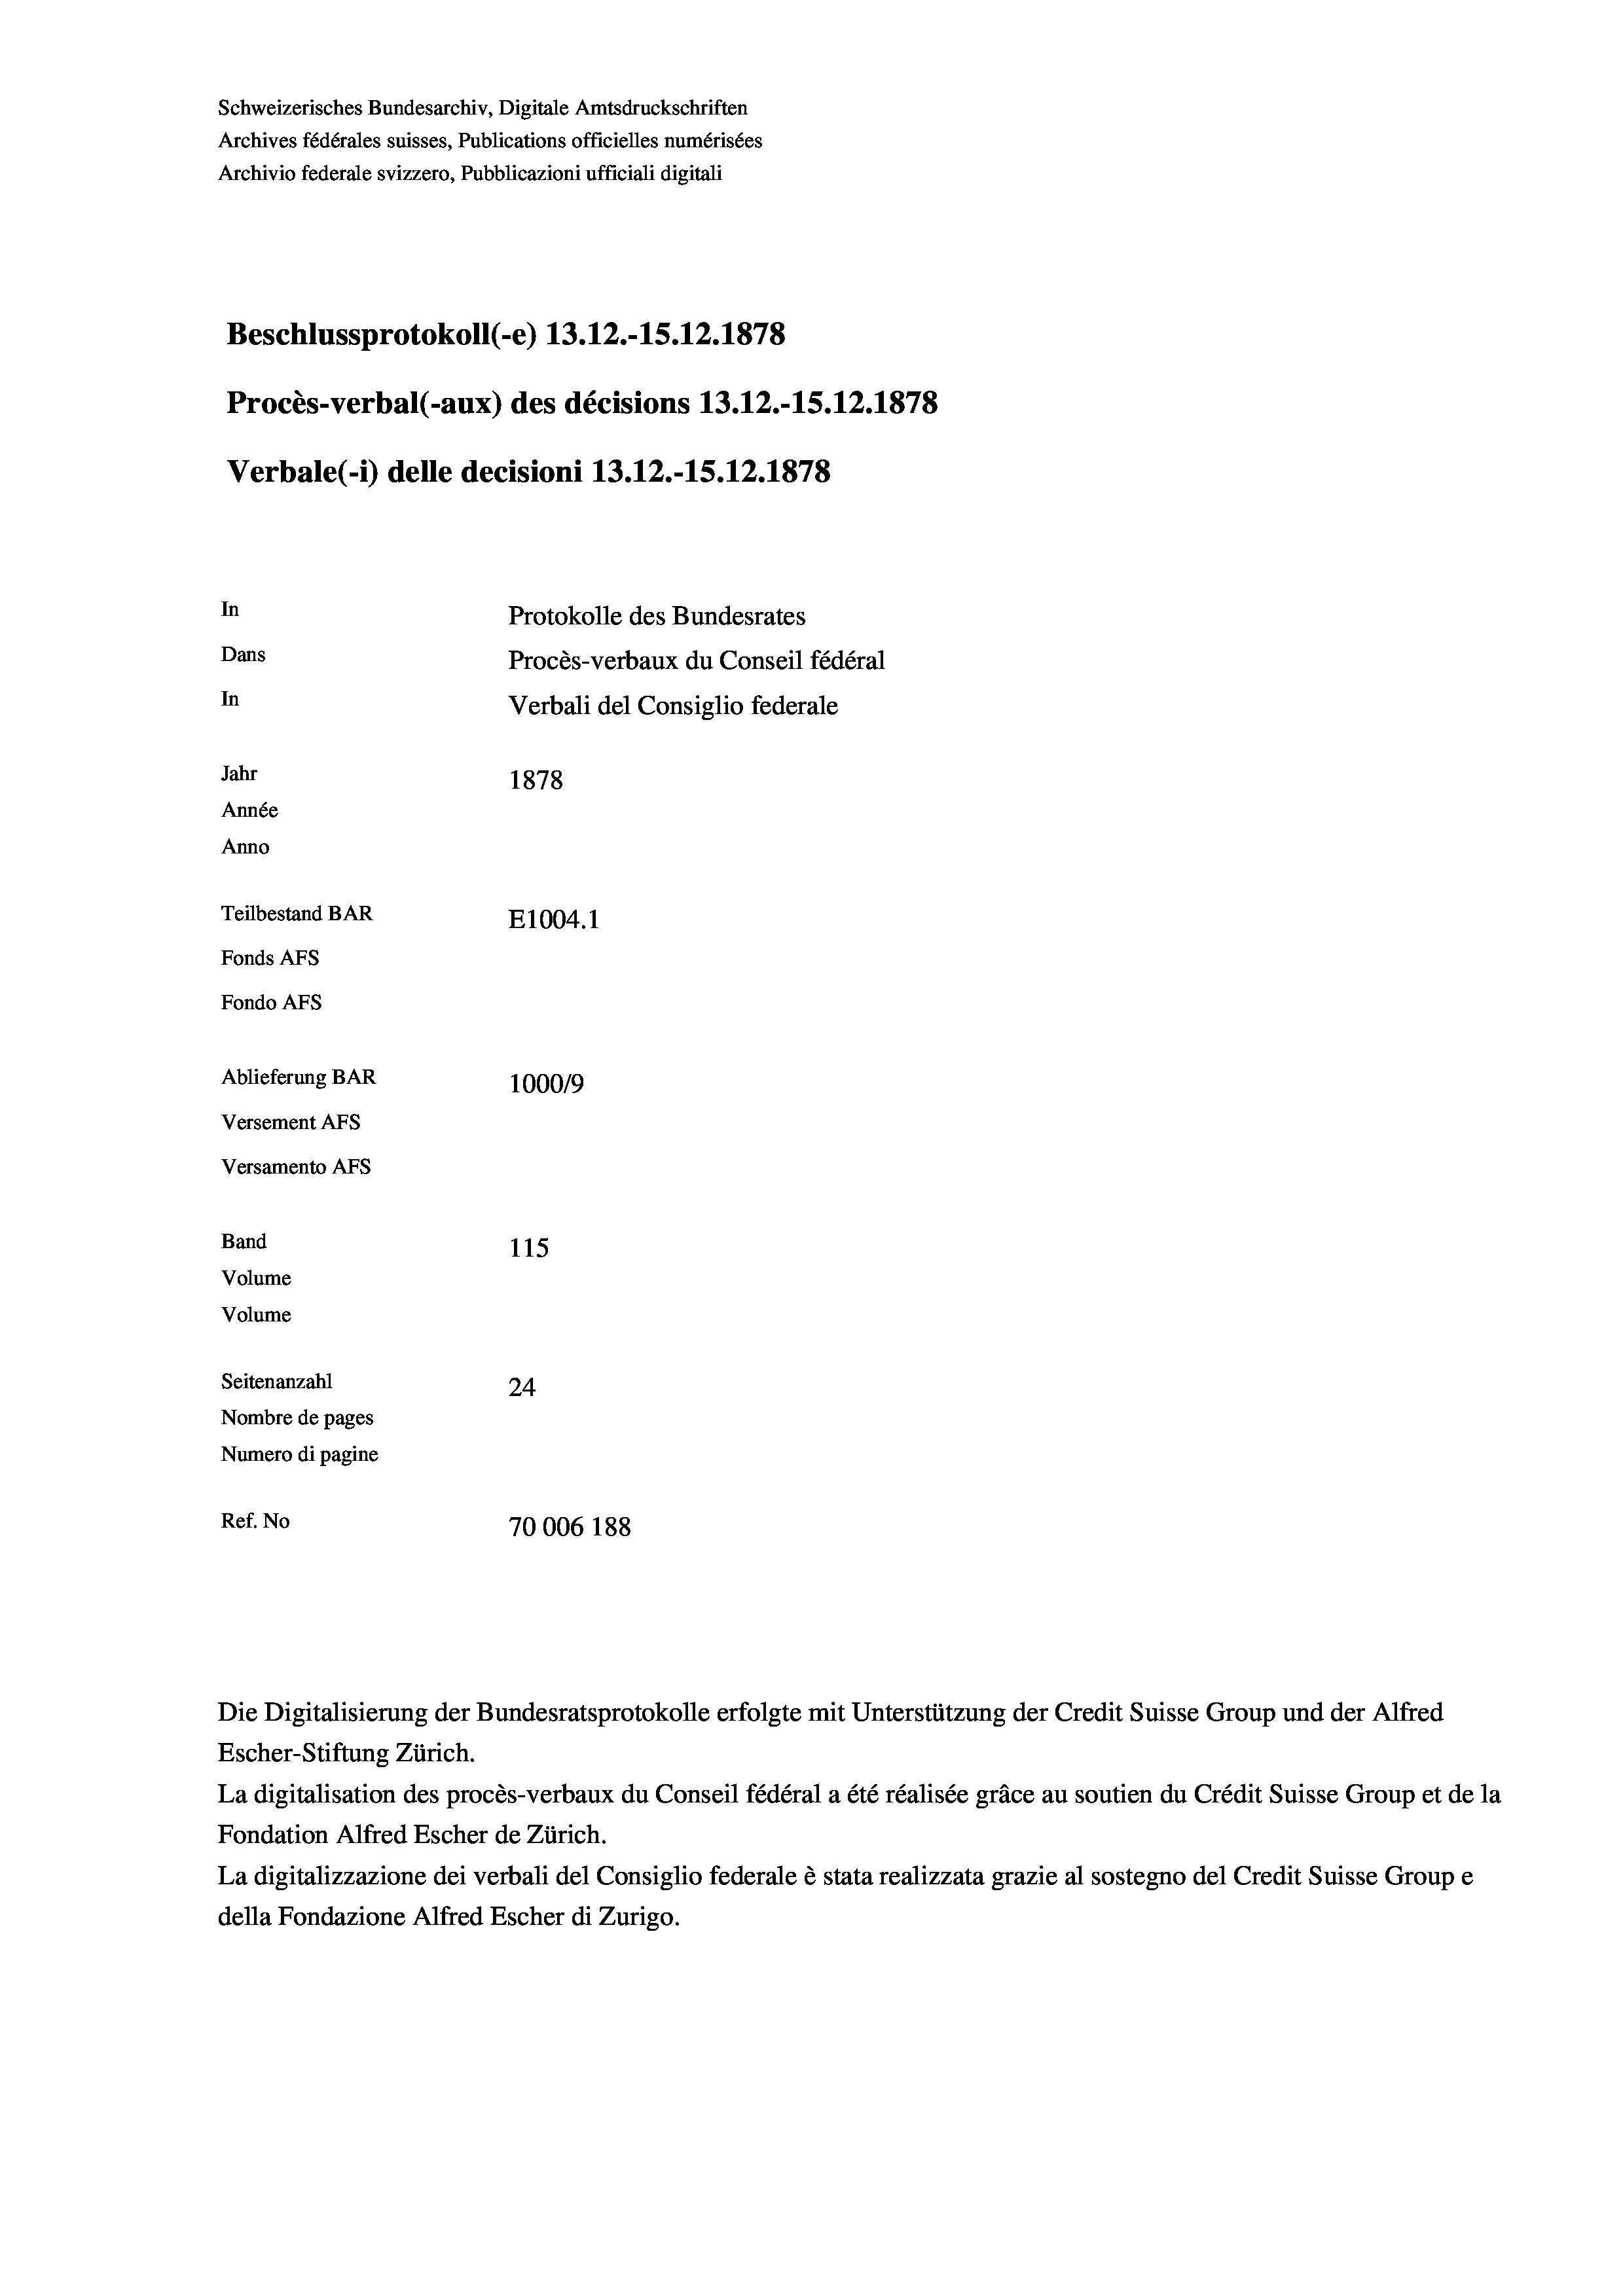
Schweizerisches Bundesarchiv, Digitale Amtsdruckschriften
Archives fédérales suisses, Publications officielles numérisées
Archivio federale svizzero, Pubblicazioni ufficiali digitali
Beschlussprotokoll (-e) 13.12.-15.12.1878
Procès-verbal (-aux) des décisions 13.12.-15.12.1878
Verbale (- 1) delle decisioni 13.12.-15.12.1878
In
Protokolle des Bundesrates
Dans
Procès-verbaux du Conseil fédéral
In
Verbali del Consiglio federale
Jahr
1878
Année
Anno
Teilbestand BAR
E1004. 1
Fonds AFs
Fondo AFS
Ablieferung BAR
100019
Versement AFs
Versamento AFs
Band
115
Volume
Volume
Seitenanzahl
24
Nombre de pages
Numero di pagine
Ref. No
70006 188

Escher-Stiftung Zürich.
La digitalisation des procès-verbaux du Conseil fédéral a été réalisée gräce au soutien du Crédit Suisse Group et de la
Fondation Alfred Escher de Zürich.
La digitalizzazione dei verbali del Consiglio federale è stata realizzata grazie al sostegno del Credit Suisse Groupe
della Fondazione Alfred Escher di Zurigo.

Die Digitalisierung der Bundesratsprotokolle erfolgte mit Unterstützung der Credit Suisse Group und der Alfred